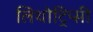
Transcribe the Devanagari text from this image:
लिथोट्रिप्सी